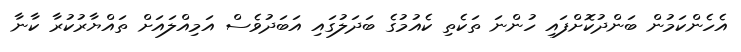
އެހެންކަމުން ބަންދުކޮށްފައި ހުންނަ ތަކެތި ކެއުމުގެ ބަދަލުގައި އަބަދުވެސް އަމިއްލައަށް ތައްޔާރުކުރާ ކާނާ